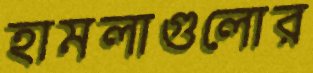
হামলাগুলোর